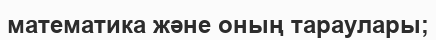
математика және оның тараулары;